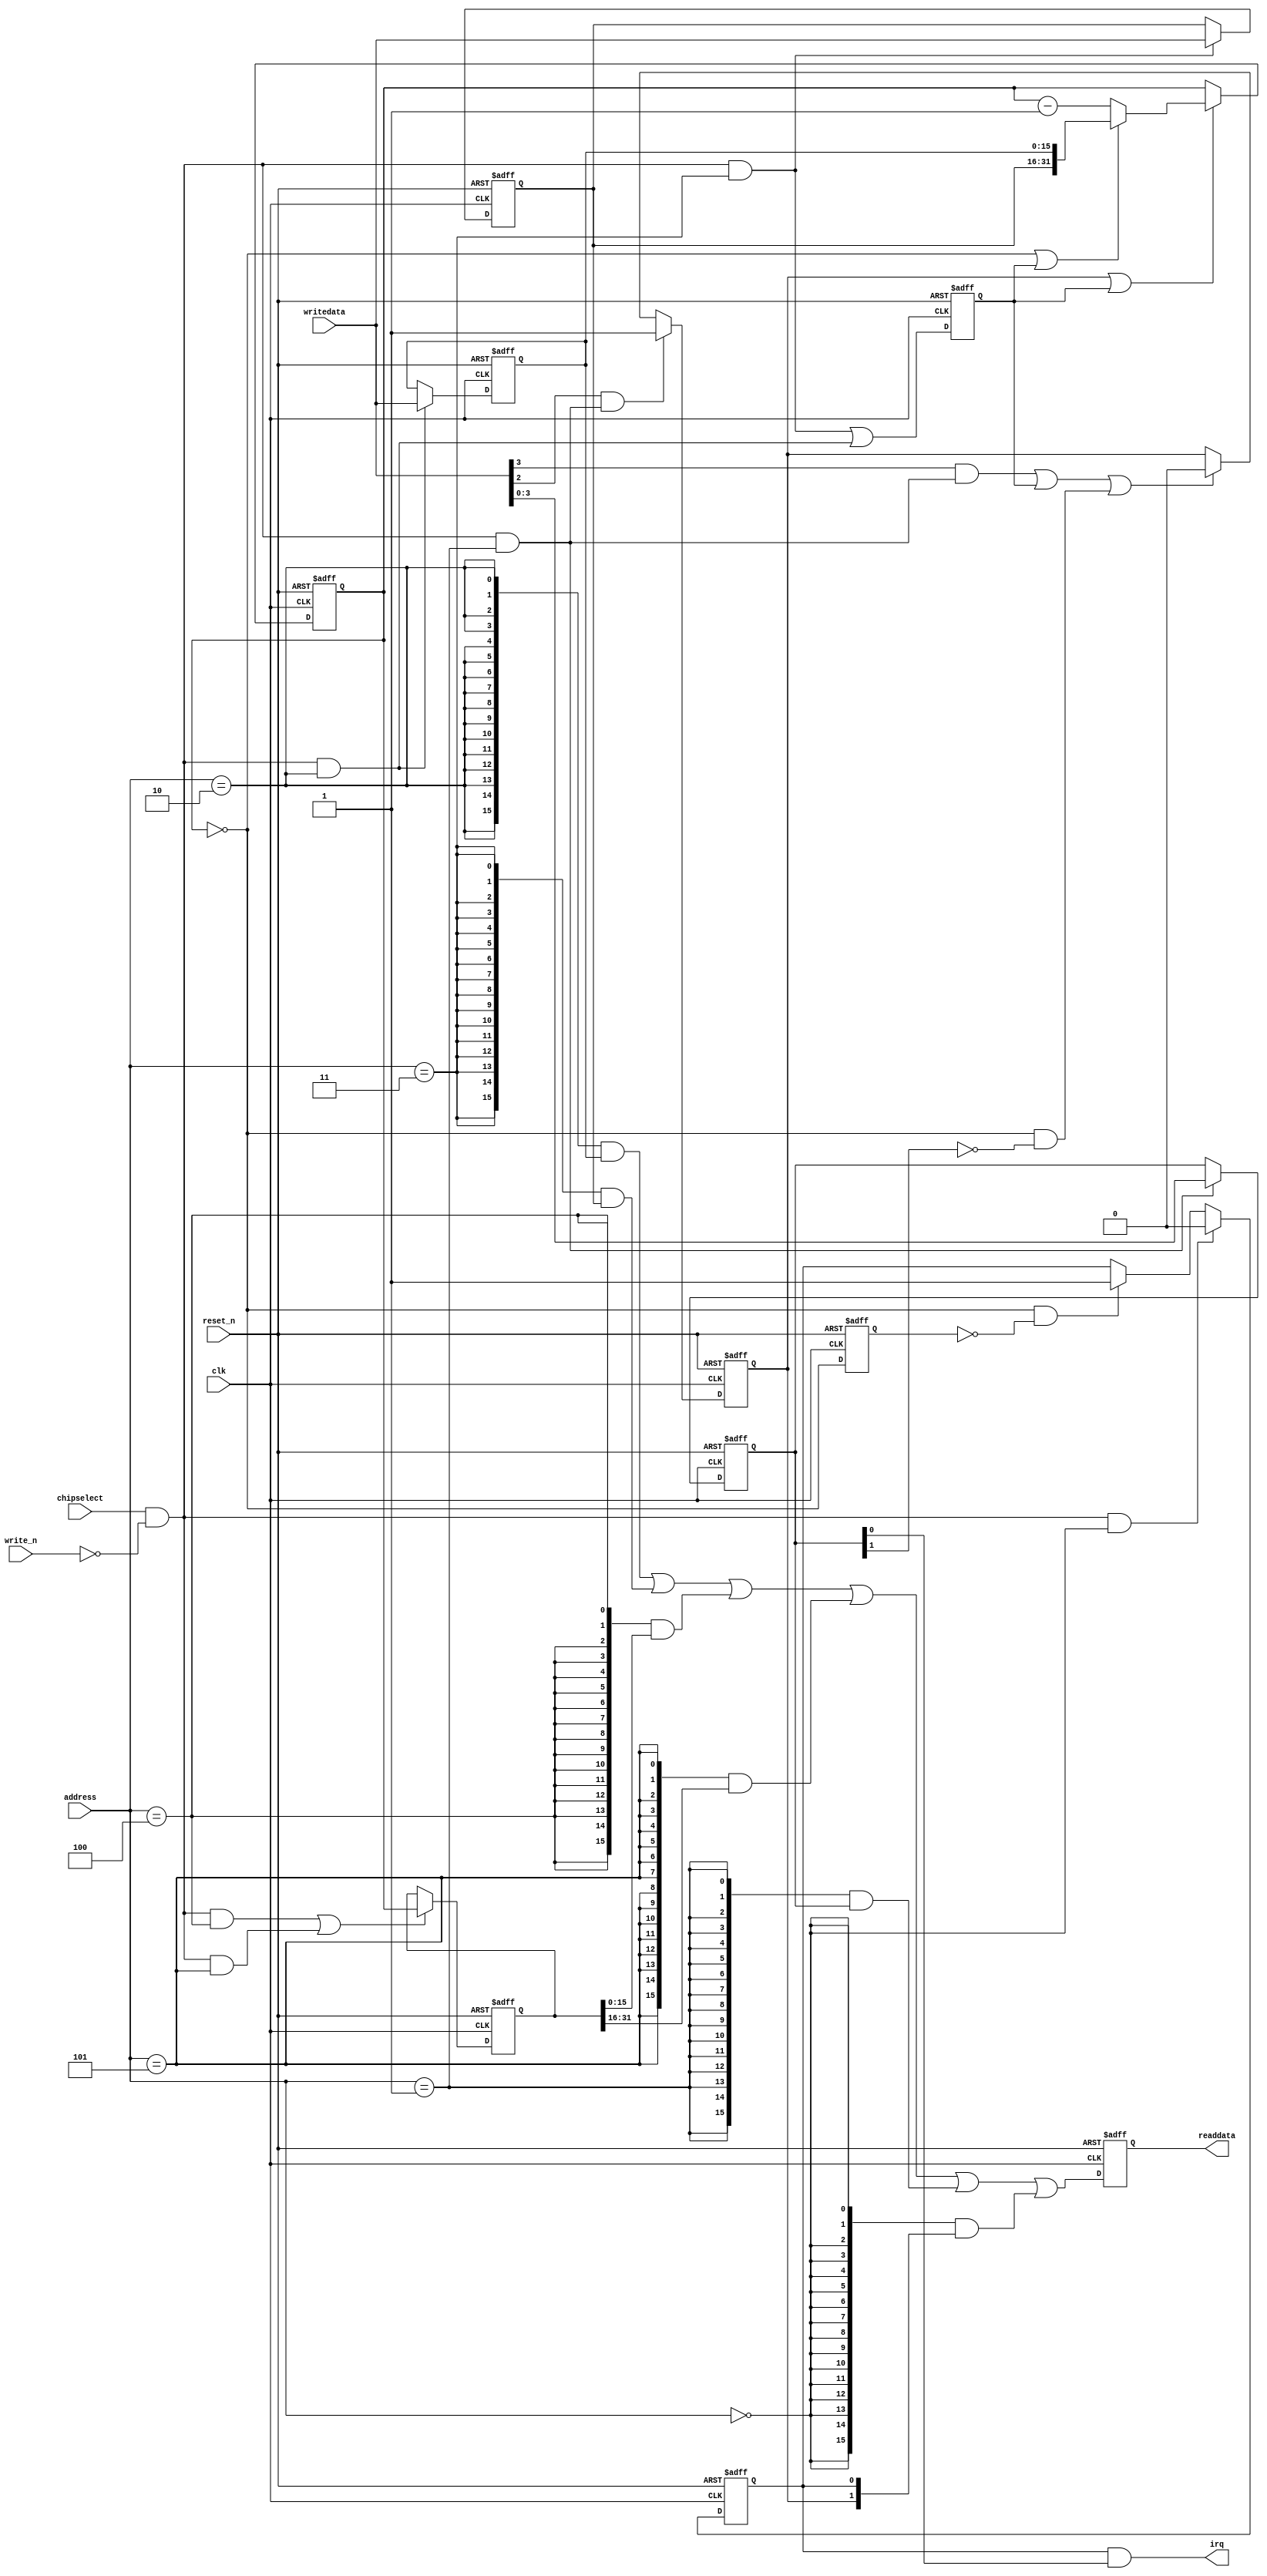
module sys_timer (
                    address,
                    chipselect,
                    clk,
                    reset_n,
                    write_n,
                    writedata,
                    irq,
                    readdata
                 )
;
  output           irq;
  output  [ 15: 0] readdata;
  input   [  2: 0] address;
  input            chipselect;
  input            clk;
  input            reset_n;
  input            write_n;
  input   [ 15: 0] writedata;
  wire             clk_en;
  wire             control_continuous;
  wire             control_interrupt_enable;
  reg     [  3: 0] control_register;
  wire             control_wr_strobe;
  reg              counter_is_running;
  wire             counter_is_zero;
  wire    [ 31: 0] counter_load_value;
  reg     [ 31: 0] counter_snapshot;
  reg              delayed_unxcounter_is_zeroxx0;
  wire             do_start_counter;
  wire             do_stop_counter;
  reg              force_reload;
  reg     [ 31: 0] internal_counter;
  wire             irq;
  reg     [ 15: 0] period_h_register;
  wire             period_h_wr_strobe;
  reg     [ 15: 0] period_l_register;
  wire             period_l_wr_strobe;
  wire    [ 15: 0] read_mux_out;
  reg     [ 15: 0] readdata;
  wire             snap_h_wr_strobe;
  wire             snap_l_wr_strobe;
  wire    [ 31: 0] snap_read_value;
  wire             snap_strobe;
  wire             start_strobe;
  wire             status_wr_strobe;
  wire             stop_strobe;
  wire             timeout_event;
  reg              timeout_occurred;
  assign clk_en = 1;
  always @(posedge clk or negedge reset_n)
    begin
      if (reset_n == 0)
          internal_counter <= 32'h1312CF;
      else if (counter_is_running || force_reload)
          if (counter_is_zero    || force_reload)
              internal_counter <= counter_load_value;
          else 
            internal_counter <= internal_counter - 1;
    end
  assign counter_is_zero = internal_counter == 0;
  assign counter_load_value = {period_h_register,
    period_l_register};
  always @(posedge clk or negedge reset_n)
    begin
      if (reset_n == 0)
          force_reload <= 0;
      else if (clk_en)
          force_reload <= period_h_wr_strobe || period_l_wr_strobe;
    end
  assign do_start_counter = start_strobe;
  assign do_stop_counter = (stop_strobe                            ) ||
    (force_reload                           ) ||
    (counter_is_zero && ~control_continuous );
  always @(posedge clk or negedge reset_n)
    begin
      if (reset_n == 0)
          counter_is_running <= 1'b0;
      else if (clk_en)
          if (do_start_counter)
              counter_is_running <= -1;
          else if (do_stop_counter)
              counter_is_running <= 0;
    end
  always @(posedge clk or negedge reset_n)
    begin
      if (reset_n == 0)
          delayed_unxcounter_is_zeroxx0 <= 0;
      else if (clk_en)
          delayed_unxcounter_is_zeroxx0 <= counter_is_zero;
    end
  assign timeout_event = (counter_is_zero) & ~(delayed_unxcounter_is_zeroxx0);
  always @(posedge clk or negedge reset_n)
    begin
      if (reset_n == 0)
          timeout_occurred <= 0;
      else if (clk_en)
          if (status_wr_strobe)
              timeout_occurred <= 0;
          else if (timeout_event)
              timeout_occurred <= -1;
    end
  assign irq = timeout_occurred && control_interrupt_enable;
  assign read_mux_out = ({16 {(address == 2)}} & period_l_register) |
    ({16 {(address == 3)}} & period_h_register) |
    ({16 {(address == 4)}} & snap_read_value[15 : 0]) |
    ({16 {(address == 5)}} & snap_read_value[31 : 16]) |
    ({16 {(address == 1)}} & control_register) |
    ({16 {(address == 0)}} & {counter_is_running,
    timeout_occurred});
  always @(posedge clk or negedge reset_n)
    begin
      if (reset_n == 0)
          readdata <= 0;
      else if (clk_en)
          readdata <= read_mux_out;
    end
  assign period_l_wr_strobe = chipselect && ~write_n && (address == 2);
  assign period_h_wr_strobe = chipselect && ~write_n && (address == 3);
  always @(posedge clk or negedge reset_n)
    begin
      if (reset_n == 0)
          period_l_register <= 4815;
      else if (period_l_wr_strobe)
          period_l_register <= writedata;
    end
  always @(posedge clk or negedge reset_n)
    begin
      if (reset_n == 0)
          period_h_register <= 19;
      else if (period_h_wr_strobe)
          period_h_register <= writedata;
    end
  assign snap_l_wr_strobe = chipselect && ~write_n && (address == 4);
  assign snap_h_wr_strobe = chipselect && ~write_n && (address == 5);
  assign snap_strobe = snap_l_wr_strobe || snap_h_wr_strobe;
  always @(posedge clk or negedge reset_n)
    begin
      if (reset_n == 0)
          counter_snapshot <= 0;
      else if (snap_strobe)
          counter_snapshot <= internal_counter;
    end
  assign snap_read_value = counter_snapshot;
  assign control_wr_strobe = chipselect && ~write_n && (address == 1);
  always @(posedge clk or negedge reset_n)
    begin
      if (reset_n == 0)
          control_register <= 0;
      else if (control_wr_strobe)
          control_register <= writedata[3 : 0];
    end
  assign stop_strobe = writedata[3] && control_wr_strobe;
  assign start_strobe = writedata[2] && control_wr_strobe;
  assign control_continuous = control_register[1];
  assign control_interrupt_enable = control_register;
  assign status_wr_strobe = chipselect && ~write_n && (address == 0);
endmodule